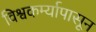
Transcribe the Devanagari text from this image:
विश्वकर्म्यापासून